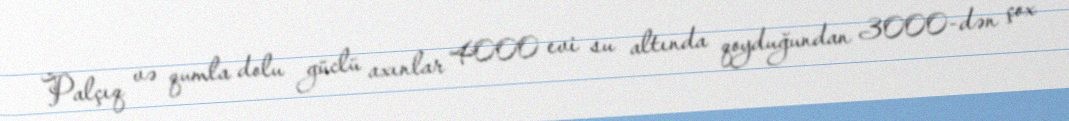
Palçıq və qumla dolu güclü axınlar 4000 evi su altında qoyduğundan 3000-dən çox